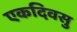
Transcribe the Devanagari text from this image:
एकदिवसु